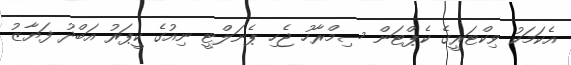
އެކަމަކު ވިކްޓަރީގެ ކެޕްޓަން ސިމްރާހު ޖެހި ޕެނަލްޓީ ނިއުގެ ކީޕަރު އަބްދު ފަޔާޒު